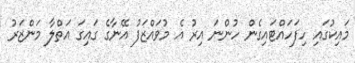
މައިކުގައި ހިފަހައްޓައިގެން ހުންނަ އިރު އެ މުވައްޒަފު އޭނާގެ ގައިގަ އަތްލާ މަންޒަރު